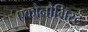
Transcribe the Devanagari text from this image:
एकोनौमिस्ट